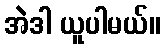
အဲဒါ ယူပါမယ်။